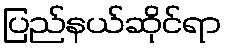
ပြည်နယ်ဆိုင်ရာ